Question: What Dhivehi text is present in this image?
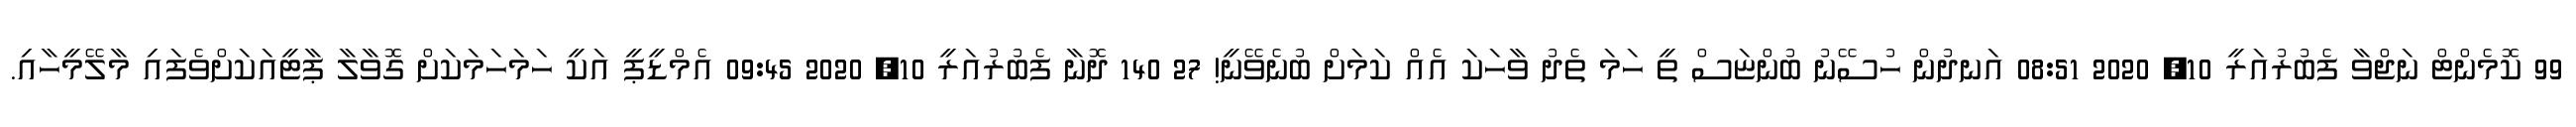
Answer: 99 ކޮމެންޓް ނަޖްވާ ފެބުރުއަރީ 10, 2020 08:51 އަނދުން ހުސޭނު ބުންޏަސް ތީ ހަމަ ތެދު ވާހަކަ އެއް ކަމަށް ބުނެވޭނީ! 27 140 ދޮނާ ފެބުރުއަރީ 10, 2020 09:45 އެމްޑީޕީ އަކީ ހަމަހަމަކަށް ގޮވާލާ ޕާޓީއަކަށްވެފައި މާލޭމީހާއި.